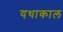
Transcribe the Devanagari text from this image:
यथाकाल